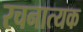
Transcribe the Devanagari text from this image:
रचनात्यक